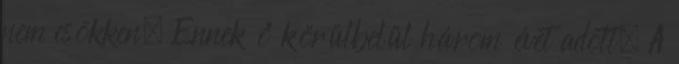
nem csökken. Ennek ő körülbelül három évet adott. A